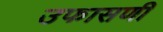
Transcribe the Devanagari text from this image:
उफासणी